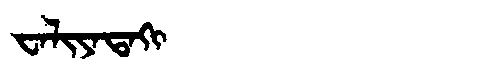
Manchu: ᠸᠠᠯᡳᠶᠠᡨᠠᡴᡳ
Romanization: WALIYATAKI